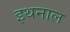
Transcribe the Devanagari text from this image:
इथनाल